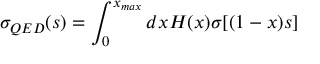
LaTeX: \sigma _ { Q E D } ( s ) = \int _ { 0 } ^ { x _ { m a x } } d x H ( x ) \sigma [ ( 1 - x ) s ]